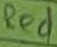
Text: Red